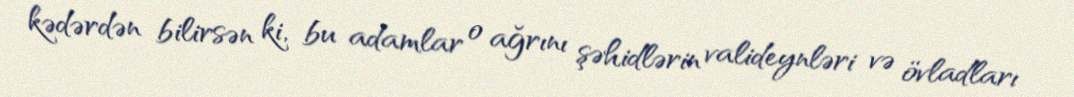
kədərdən bilirsən ki, bu adamlar o ağrını şəhidlərin valideynləri və övladları